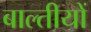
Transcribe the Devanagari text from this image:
बाल्तीयों